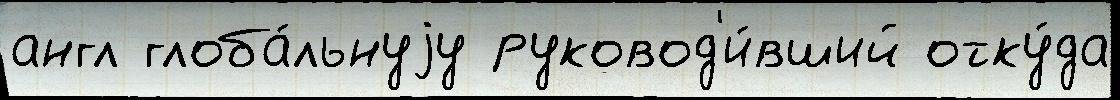
англ глоба́льнуjу руковод'и́вший отку́да